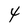
Character: 4